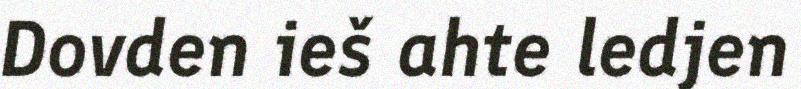
Dovden ieš ahte ledjen